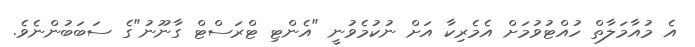
އެ މުއާމަލާތް ހުއްޓުވުމަށް އެމެރިކާ އަށް ނުކުމެވުނީ "އެންޓި ޓްރަސްޓް ގާނޫނު"ގެ ސަބަބުންނެވެ.